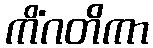
ကိံဂတိကာ